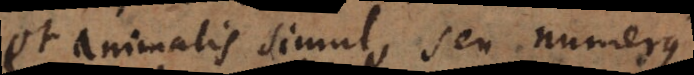
et animalis simul, seu numerus